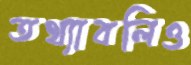
তথ্যাবলিও